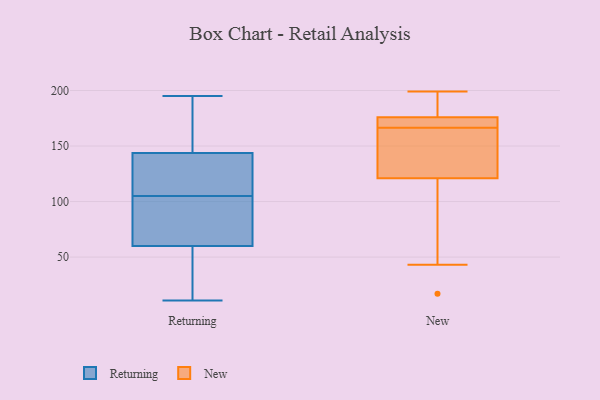
{"axis": {"x": "Net Income (USD K)", "y": "Value"}, "legend": ["New", "Returning"], "data": [{"x": "", "y": 154, "type": "Returning"}, {"x": "", "y": 146, "type": "Returning"}, {"x": "", "y": 143, "type": "Returning"}, {"x": "", "y": 172, "type": "Returning"}, {"x": "", "y": 140, "type": "Returning"}, {"x": "", "y": 135, "type": "Returning"}, {"x": "", "y": 70, "type": "Returning"}, {"x": "", "y": 195, "type": "Returning"}, {"x": "", "y": 29, "type": "Returning"}, {"x": "", "y": 74, "type": "Returning"}, {"x": "", "y": 40, "type": "Returning"}, {"x": "", "y": 80, "type": "Returning"}, {"x": "", "y": 105, "type": "Returning"}, {"x": "", "y": 141, "type": "Returning"}, {"x": "", "y": 51, "type": "Returning"}, {"x": "", "y": 63, "type": "Returning"}, {"x": "", "y": 11, "type": "Returning"}, {"x": "", "y": 194, "type": "New"}, {"x": "", "y": 17, "type": "New"}, {"x": "", "y": 59, "type": "New"}, {"x": "", "y": 162, "type": "New"}, {"x": "", "y": 199, "type": "New"}, {"x": "", "y": 43, "type": "New"}, {"x": "", "y": 171, "type": "New"}, {"x": "", "y": 159, "type": "New"}, {"x": "", "y": 172, "type": "New"}, {"x": "", "y": 176, "type": "New"}, {"x": "", "y": 176, "type": "New"}, {"x": "", "y": 192, "type": "New"}, {"x": "", "y": 121, "type": "New"}, {"x": "", "y": 134, "type": "New"}]}